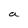
Character: a